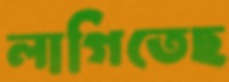
লাগিতেছ